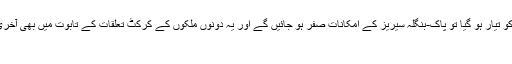
اگر مصطفی کمال کی درخواست پر جنوبی افریقہ کھیلنے کو تیار ہو گیا تو پاک-بنگلہ سیریز کے امکانات صفر ہو جائیں گے اور یہ دونوں ملکوں کے کرکٹ تعلقات کے تابوت میں بھی آخری کیل ثابت ہوگا (تصویر: Getty Images) | کرک نامہ
مقبول ترینکرکٹ تاریخ کا سب سے لمبا چھکا کون سا؟